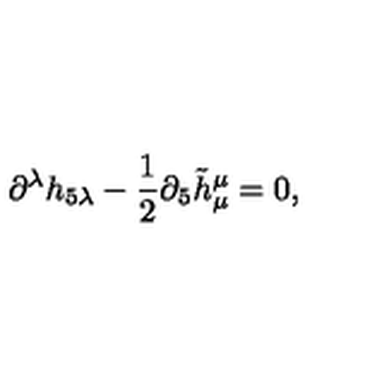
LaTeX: \partial ^ { \lambda } h _ { 5 \lambda } - \frac { 1 } { 2 } \partial _ { 5 } \tilde { h } _ { \mu } ^ { \mu } = 0 ,